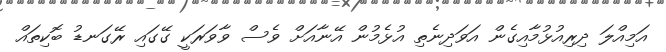
އަމިއްލަ ދިރިއުޅުމާއިގެން އަވަދިނެތި އުޅެމުން އޭނާއަށް ވެސް ވާވަރަކީ ގޭގައި ރޭގަނޑު ބޮކިތައް